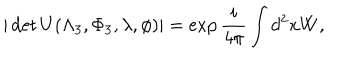
| \det U ( \Lambda _ { 3 } , \Phi _ { 3 } , \lambda , \phi ) | = \exp \frac { i } { 4 \pi } \int d ^ { 2 } x W ,